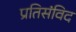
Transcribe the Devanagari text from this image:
प्रतिसंविद